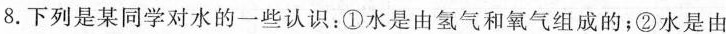
8.下列是某同学对水的一些认识：①水是由氢气和氧气组成的；②水是由